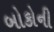
બોકોની